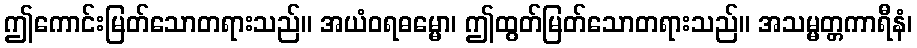
ဤကောင်းမြတ်သောတရားသည်။ အယံဝရဓမ္မော၊ ဤထွတ်မြတ်သောတရားသည်။ အသမ္မတ္တကာရီနံ၊